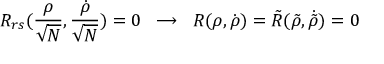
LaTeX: R _ { r s } ( \frac { \rho } { \sqrt N } , \frac { \dot { \rho } } { \sqrt N } ) = 0 \; \; \longrightarrow \; \; R ( \rho , \dot { \rho } ) = \tilde { R } ( \tilde { \rho } , \dot { \tilde { \rho } } ) = 0